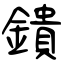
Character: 鐀